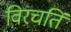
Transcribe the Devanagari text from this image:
विरचतिं